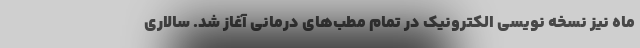
ماه نیز نسخه نویسی الکترونیک در تمام مطب‌های درمانی آغاز شد. سالاری